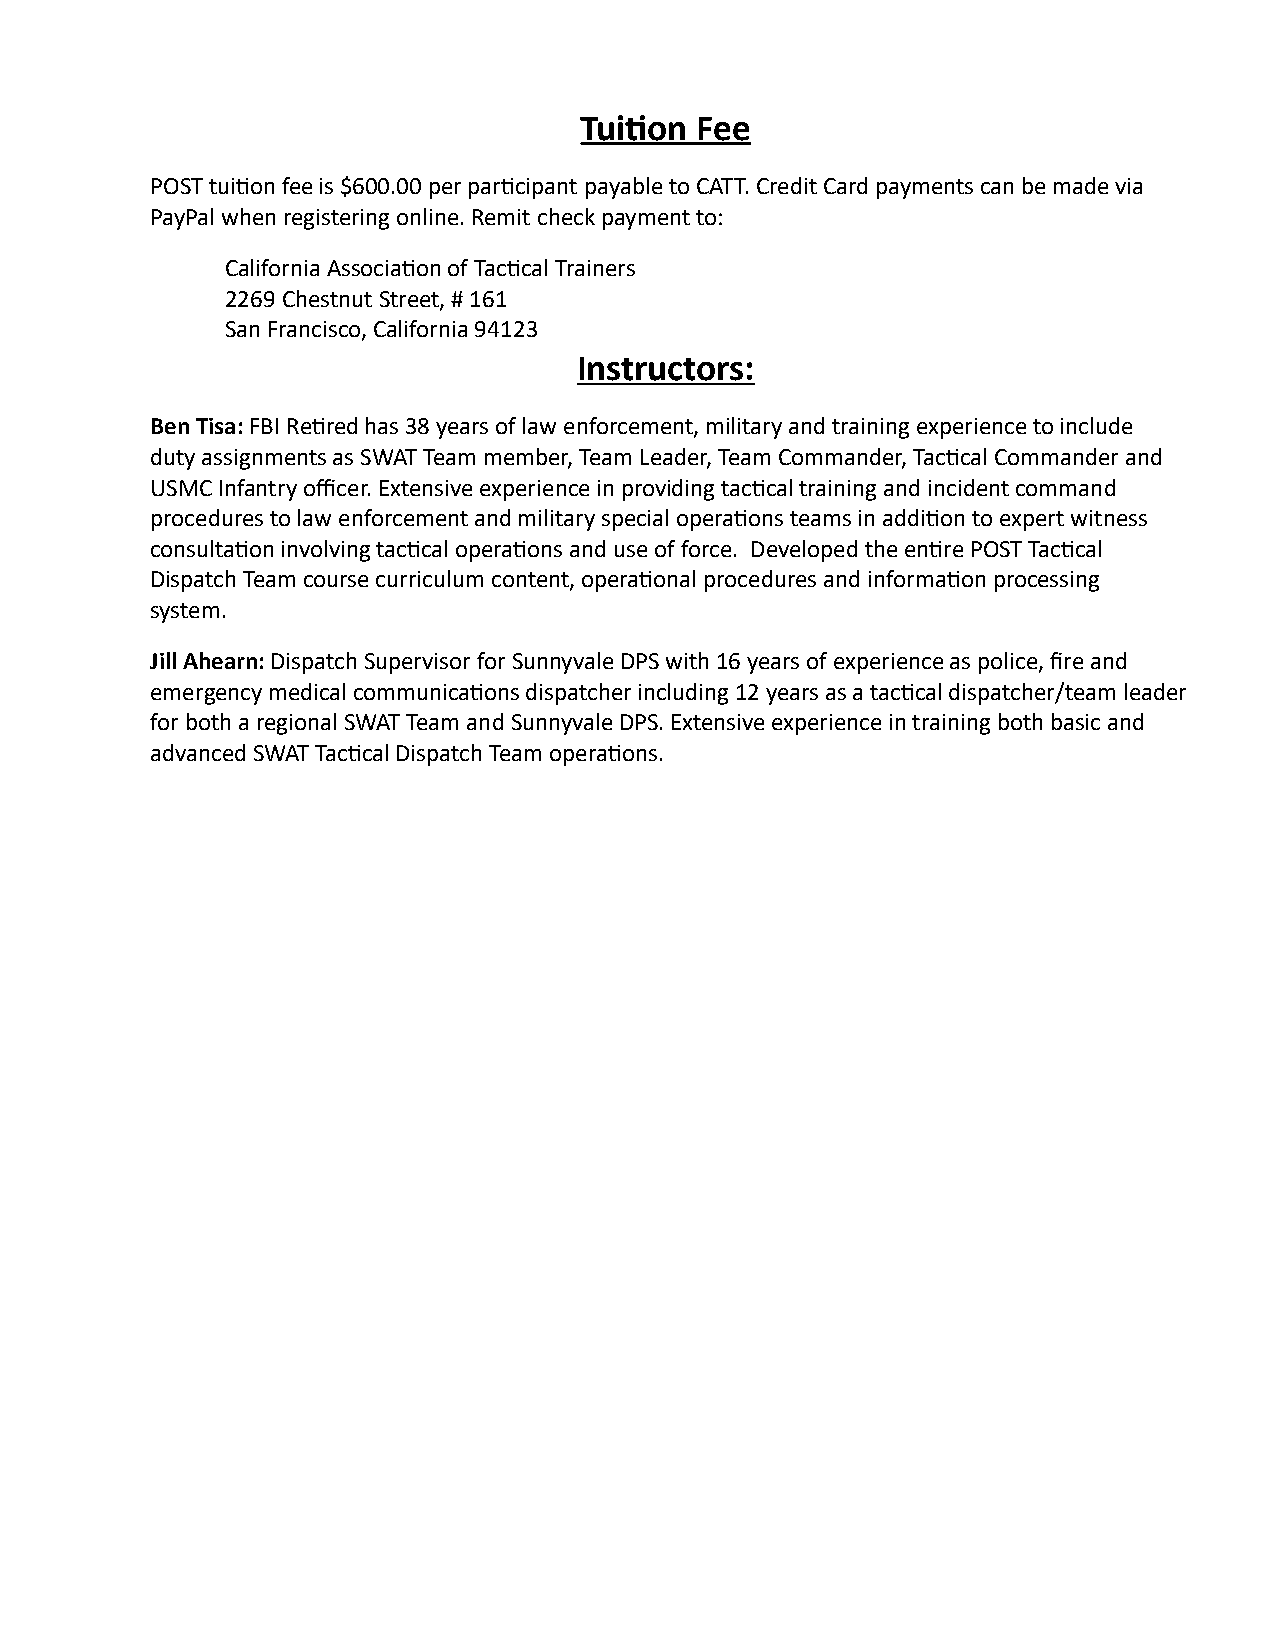
Tuition Fee
 POST tuition fee is $600.00 per participant payable to CATT. Credit Card payments can be made via
 PayPal when registering online. Remit check payment to:
 California Association of Tactical Trainers
 2269 Chestnut Street, # 161
 San Francisco, California 94123
 Instructors:
 Ben Tisa: FBI Retired has 38 years of law enforcement, military and training experience to include
 duty assignments as SWAT Team member, Team Leader, Team Commander, Tactical Commander and
 USMC Infantry officer. Extensive experience in providing tactical training and incident command
 procedures to law enforcement and military special operations teams in addition to expert witness
 consultation involving tactical operations and use of force. Developed the entire POST Tactical
 Dispatch Team course curriculum content, operational procedures and information processing
 system.
 Jill Ahearn: Dispatch Supervisor for Sunnyvale DPS with 16 years of experience as police, fire and
 emergency medical communications dispatcher including 12 years as a tactical dispatcher/team leader
 for both a regional SWAT Team and Sunnyvale DPS. Extensive experience in training both basic and
 advanced SWAT Tactical Dispatch Team operations.